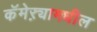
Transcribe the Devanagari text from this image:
कॅमेऱ्यामधील